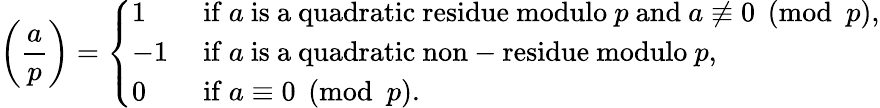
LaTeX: \left({\frac{a}{p}}\right)={\left\{ \begin{array}{ll}{1}&{{\mathrm{~if~}}a{\mathrm{~is~a~quadratic~residue~modulo~}}p{\mathrm{~and~}}a\not\equiv 0{\pmod{p}},}\\ {-1}&{{\mathrm{~if~}}a{\mathrm{~is~a~quadratic~non-residue~modulo~}}p,}\\ {0}&{{\mathrm{~if~}}a\equiv 0{\pmod{p}}.}\end{array}\right.}